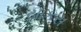
યાકરા